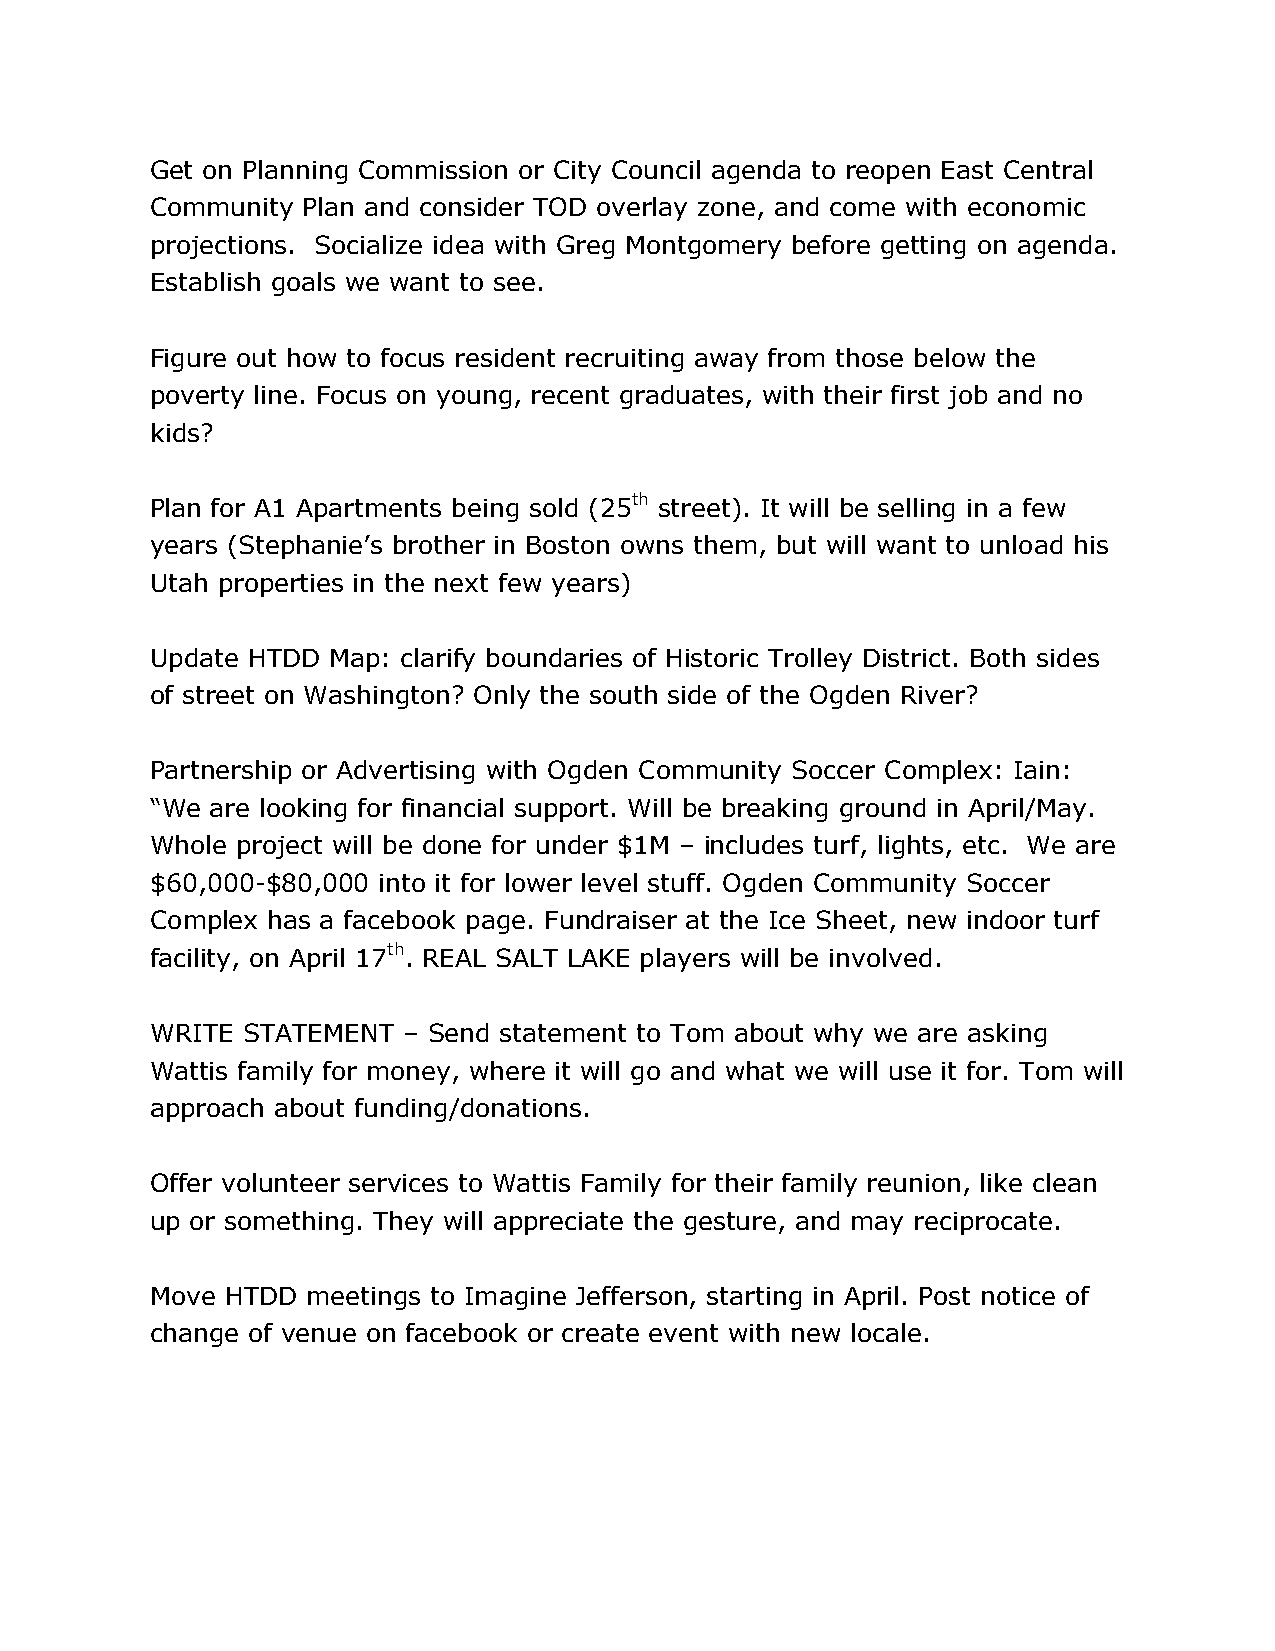
Get on Planning Commission or City Council agenda to reopen East Central
 Community Plan and consider TOD overlay zone, and come with economic
 projections. Socialize idea with Greg Montgomery before getting on agenda.
 Establish goals we want to see.
 Figure out how to focus resident recruiting away from those below the
 poverty line. Focus on young, recent graduates, with their first job and no
 kids?
 Plan for A1 Apartments being sold (25th street). It will be selling in a few
 years (Stephanie’s brother in Boston owns them, but will want to unload his
 Utah properties in the next few years)
 Update HTDD Map: clarify boundaries of Historic Trolley District. Both sides
 of street on Washington? Only the south side of the Ogden River?
 Partnership or Advertising with Ogden Community Soccer Complex: Iain:
 “We are looking for financial support. Will be breaking ground in April/May.
 Whole project will be done for under $1M – includes turf, lights, etc. We are
 $60,000-$80,000 into it for lower level stuff. Ogden Community Soccer
 Complex has a facebook page. Fundraiser at the Ice Sheet, new indoor turf
 facility, on April 17th. REAL SALT LAKE players will be involved.
 WRITE STATEMENT  – Send statement to Tom about why we are asking
 Wattis family for money, where it will go and what we will use it for. Tom will
 approach about funding/donations.
 Offer volunteer services to Wattis Family for their family reunion, like clean
 up or something. They will appreciate the gesture, and may reciprocate.
 Move HTDD meetings to Imagine Jefferson, starting in April. Post notice of
 change of venue on facebook or create event with new locale.